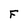
Character: F